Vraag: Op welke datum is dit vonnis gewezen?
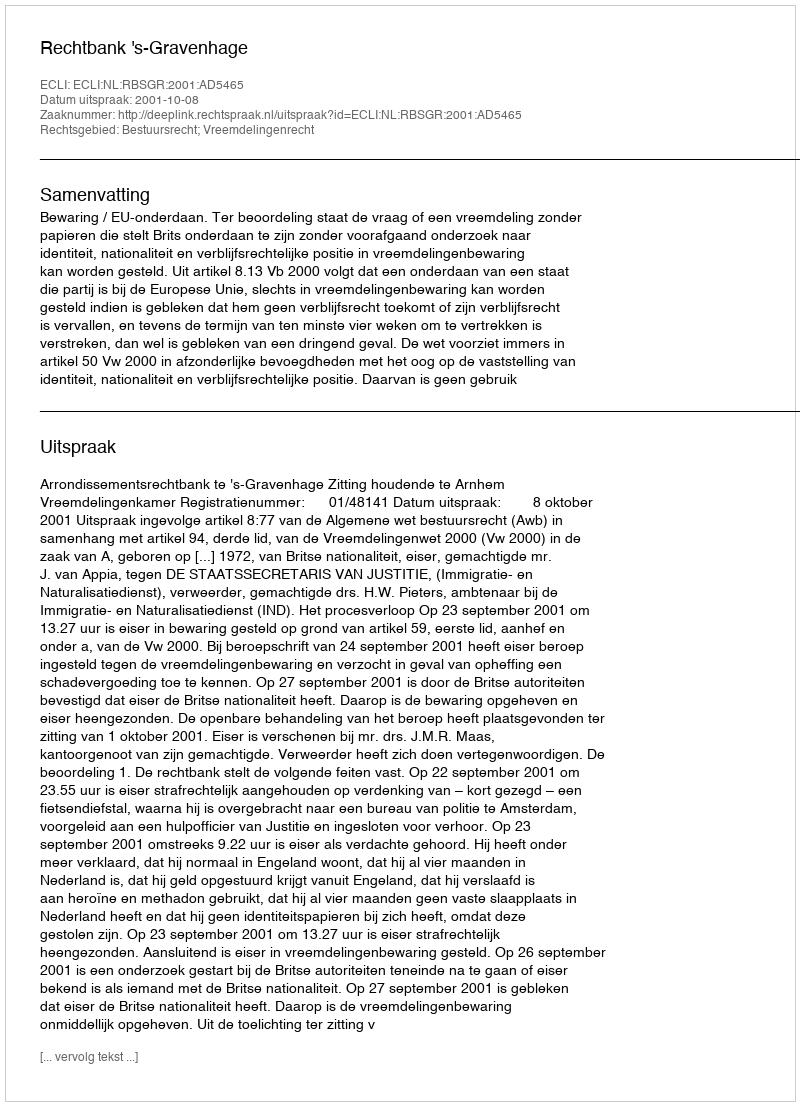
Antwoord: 2001-10-08